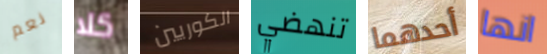
نعم كلا الكوريين تنهضي أحدهما انها